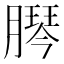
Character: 𦠴